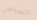
الساخن